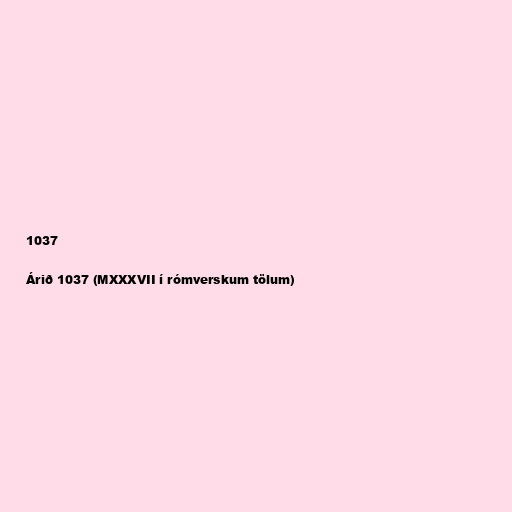
1037

Árið 1037 (MXXXVII í rómverskum tölum)